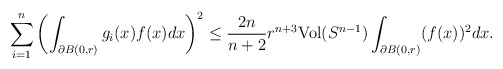
\begin{align*}\sum_{i=1}^{n}\left(\int_{\partial B(0,r)}g_{i}(x)f(x)dx\right)^{2}\leq\frac{2n}{n+2}r^{n+3}\mathrm{Vol}(S^{n-1})\int_{\partial B(0,r)}(f(x))^{2}dx.\end{align*}